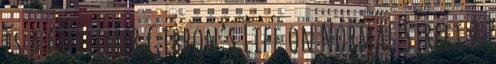
és a Gortimer Gibbon’s Life on Normal Street 2.